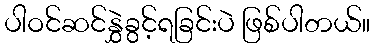
ပါဝင်ဆင်နွှဲခွင့်ရခြင်းပဲ ဖြစ်ပါတယ်။